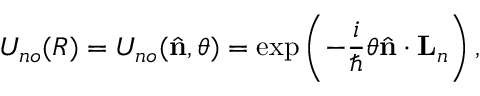
U _ { n o } ( R ) = U _ { n o } ( { \hat { \mathbf { n } } } , \theta ) = \exp \left( - \frac { i } { \hbar } \theta { \hat { \mathbf { n } } } \cdot { \mathbf { L } } _ { n } \right) ,